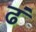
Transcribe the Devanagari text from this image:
ढं